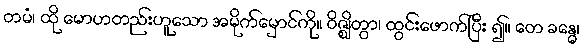
တမံ၊ ထို မောဟတည်းဟူသော အမိုက်မှောင်ကို။ ဝိဇ္ဈိတွာ၊ ထွင်းဖောက်ပြီး ၍။ တေ ခန္ဓေ၊